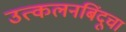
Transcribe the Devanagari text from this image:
उत्कलनबिंदूचा